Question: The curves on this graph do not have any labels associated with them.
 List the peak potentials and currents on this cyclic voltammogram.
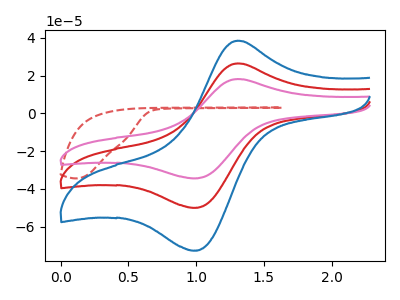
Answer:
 <answer>The red curve "red" has an anodic peak at (1.30V, 26.55uA) and a cathodic peak at (0.95V, -49.95uA). The red dashed curve "red dashed" has no peaks. The pink curve "pink" has an anodic peak at (1.30V, 18.25uA) and a cathodic peak at (0.95V, -34.35uA). The blue curve "blue" has an anodic peak at (1.30V, 53.05uA) and a cathodic peak at (0.95V, -99.85uA).</answer>
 <eval></eval>